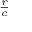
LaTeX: \scriptstyle { \frac { r } { c } }